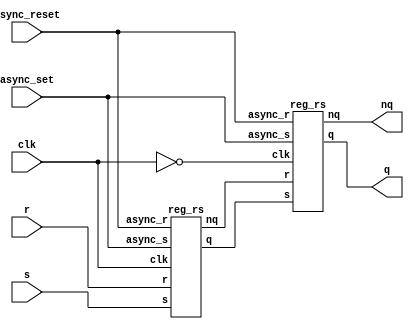
module top(async_set,async_reset,clk,s,r,q,nq);
    input async_set,async_reset,clk;
    input [7:0] s, r;
    output [7:0] q, nq;
    wire [7:0] q, nq;
    wire [7:0] int_1,int_0;
    wire neg_clk;
    assign neg_clk = ~clk;
    reg_rs reg1(async_set,async_reset,clk,s,r,int_1,int_0);
    reg_rs reg2(async_set,async_reset,neg_clk,int_1,int_0,q,nq);
endmodule
module reg_rs(async_s,async_r,clk,s,r,q,nq);
    integer i = 0;
    input async_s,async_r,clk;
    input [7:0] s, r;
    output [7:0] q, nq;
    reg [7:0] q, nq;
    initial begin
        q <= 8'b1;
        nq <= 8'b0;
    end
    always @(async_s , async_r) begin
        if (! async_s) begin
           q <= 8'b1;
           nq <= 8'b0;
        end
        else if(! async_r) begin
           q <= 8'b0;
           nq <= 8'b1;
        end
        else if(!(async_s | async_r)) begin
            $display("Hazard, asynchronous reset and set can't be 0 in the same time");
        end
    end
    always @(posedge clk) begin
       for(i = 0; i < 7; i=i+1) begin
          if (r[i] == 0 & s[i] == 1)
              q[i] = 1;
          else if(r[i] == 1 & s[i] == 0)
              q[i] = 0;
          else if(r[i] == 1 & s[i] == 1)
              $display("Hazard, r and s can't be 1 in the same time");
       end   
    end
endmodule

module top_tb;
    parameter semi_per = 2;
    reg async_set,async_reset,clk;
    reg [7:0] s, r;
    wire [7:0] q, nq;
    top dut(async_set,async_reset,clk,s,r,q,nq);
    initial begin
        clk <= 0;
        async_set <= 1;
        async_reset <= 1;
        #7
        s <= 8'b 10101100;
        r <= 8'b 01010011;
        #2
        s <= 8'b 11111111;
        r <= 8'b 00000000;
        #6
        async_reset <= 0;
        #5
        async_reset <= 1;
        #7
        async_set <= 0;
        #8
        async_reset <= 0;
        #4
        async_set <= 1;
        async_reset <= 1;
        #7
        async_reset <= 0;
        #3
        async_reset <= 1;
        #10
        s <= 8'b 11000101;
        r <= 8'b 00111000;
        #8
        s <= 8'b 10101100;
        r <= 8'b 01010011;
        #8
        s <= 8'b 11111111;
        r <= 8'b 00000000;
        #7
        async_reset <= 0;
        #6
        async_reset <= 1;
    end
    always #semi_per 
    clk <= ~clk;    
endmodule